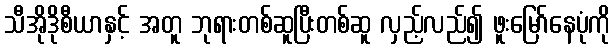
သီအိုဒိုစီယာနှင့် အတူ ဘုရားတစ်ဆူပြီးတစ်ဆူ လှည့်လည်၍ ဖူးမြော်နေပုံကို